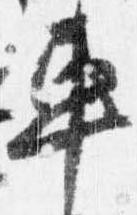
車